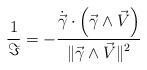
LaTeX: \begin{align*} \frac{1}{\Im} = - \frac{ \displaystyle \dot{\vec{\gamma}} \cdot \left( \displaystyle \vec{\gamma} \wedge \vec{V} \right) }{ \| \displaystyle \vec{\gamma} \wedge \vec{V} \|^2 }\end{align*}